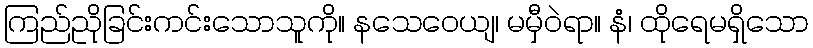
ကြည်ညိုခြင်းကင်းသောသူကို။ နသေဝေယျ၊ မမှီဝဲရာ။ နံ၊ ထိုရေမရှိသော